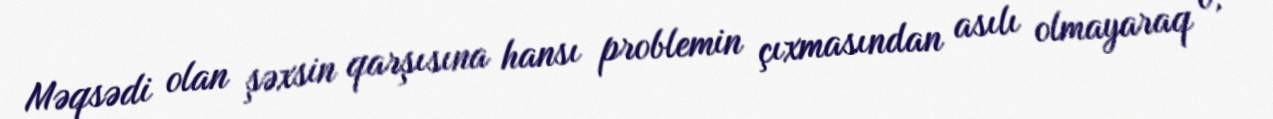
Məqsədi olan şəxsin qarşısına hansı problemin çıxmasından asılı olmayaraq o,